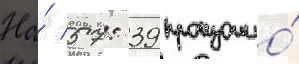
На́ 57: 39 произошло́